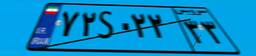
۷۲S۰۲۲۳۳